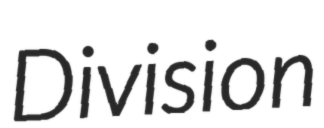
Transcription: Division